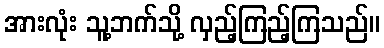
အားလုံး သူ့ဘက်သို့ လှည့်ကြည့်ကြသည်။